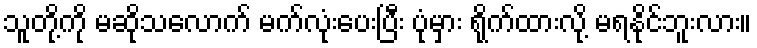
သူတို့ကို မဆိုသလောက် မက်လုံးပေးပြီး ပုံမှား ရိုက်ထားလို့ မရနိုင်ဘူးလား။